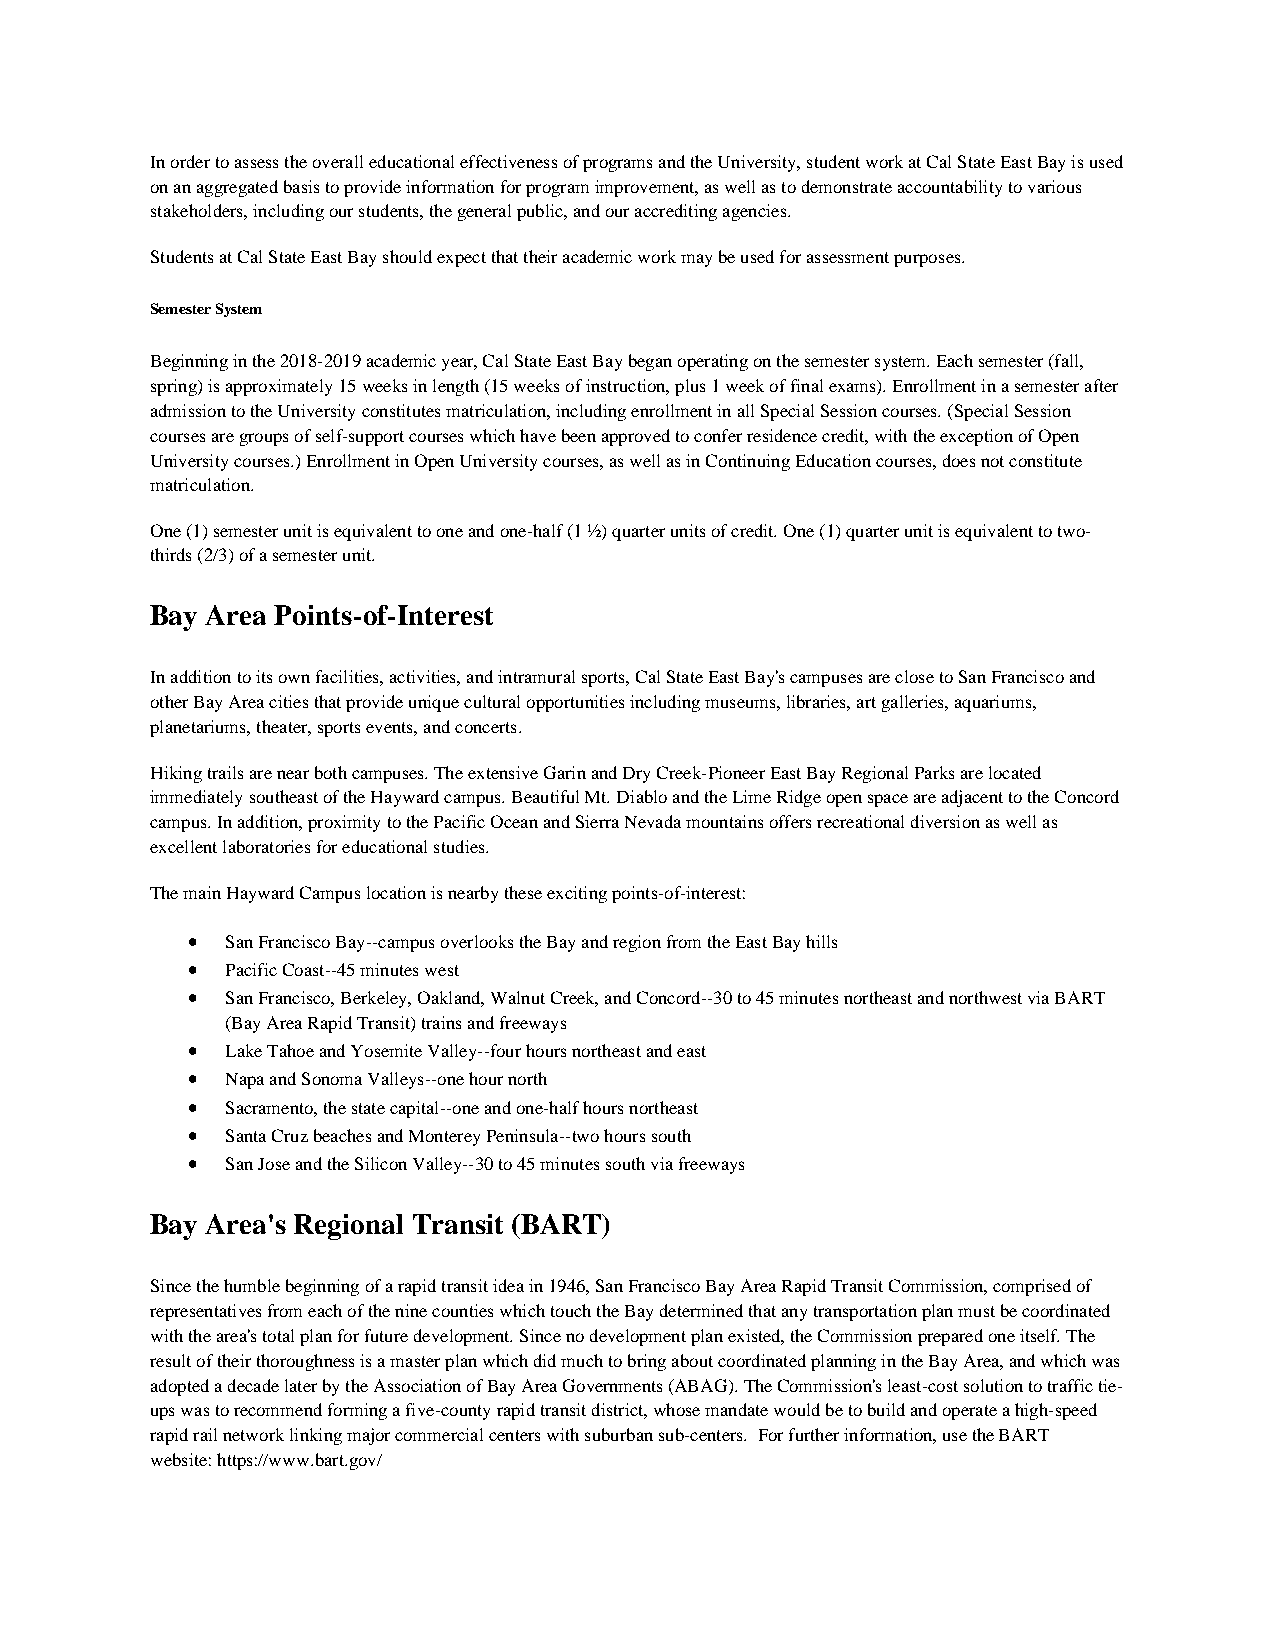
In order to assess the overall educational effectiveness of programs and the University, student work at Cal State East Bay is used
 on an aggregated basis to provide information for program improvement, as well as to demonstrate accountability to various
 stakeholders, including our students, the general public, and our accrediting agencies.
 Students at Cal State East Bay should expect that their academic work may be used for assessment purposes.
 Semester System
 Beginning in the 2018-2019 academic year, Cal State East Bay began operating on the semester system. Each semester (fall,
 spring) is approximately 15 weeks in length (15 weeks of instruction, plus 1 week of final exams). Enrollment in a semester after
 admission to the University constitutes matriculation, including enrollment in all Special Session courses. (Special Session
 courses are groups of self-support courses which have been approved to confer residence credit, with the exception of Open
 University courses.) Enrollment in Open University courses, as well as in Continuing Education courses, does not constitute
 matriculation.
 One (1) semester unit is equivalent to one and one-half (1 ½) quarter units of credit. One (1) quarter unit is equivalent to two-
 thirds (2/3) of a semester unit.
 Bay Area Points-of-Interest
 In addition to its own facilities, activities, and intramural sports, Cal State East Bay's campuses are close to San Francisco and
 other Bay Area cities that provide unique cultural opportunities including museums, libraries, art galleries, aquariums,
 planetariums, theater, sports events, and concerts.
 Hiking trails are near both campuses. The extensive Garin and Dry Creek-Pioneer East Bay Regional Parks are located
 immediately southeast of the Hayward campus. Beautiful Mt. Diablo and the Lime Ridge open space are adjacent to the Concord
 campus. In addition, proximity to the Pacific Ocean and Sierra Nevada mountains offers recreational diversion as well as
 excellent laboratories for educational studies.
 The main Hayward Campus location is nearby these exciting points-of-interest:
 •  San Francisco Bay--campus overlooks the Bay and region from the East Bay hills
 •  Pacific Coast--45 minutes west
 •  San Francisco, Berkeley, Oakland, Walnut Creek, and Concord--30 to 45 minutes northeast and northwest via BART
 (Bay Area Rapid Transit) trains and freeways
 •  Lake Tahoe and Yosemite Valley--four hours northeast and east
 •  Napa and Sonoma Valleys--one hour north
 •  Sacramento, the state capital--one and one-half hours northeast
 •  Santa Cruz beaches and Monterey Peninsula--two hours south
 •  San Jose and the Silicon Valley--30 to 45 minutes south via freeways
 Bay Area's Regional Transit (BART)
 Since the humble beginning of a rapid transit idea in 1946, San Francisco Bay Area Rapid Transit Commission, comprised of
 representatives from each of the nine counties which touch the Bay determined that any transportation plan must be coordinated
 with the area's total plan for future development. Since no development plan existed, the Commission prepared one itself. The
 result of their thoroughness is a master plan which did much to bring about coordinated planning in the Bay Area, and which was
 adopted a decade later by the Association of Bay Area Governments (ABAG). The Commission's least-cost solution to traffic tie-
 ups was to recommend forming a five-county rapid transit district, whose mandate would be to build and operate a high-speed
 rapid rail network linking major commercial centers with suburban sub-centers. For further information, use the BART
 website: https://www.bart.gov/